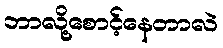
ဘာလို့စောင့်နေတာလဲ